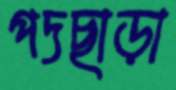
পদছাড়া